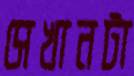
সেখানটা